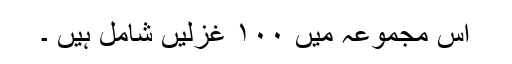
اس مجموعہ میں ۱۰۰ غزلیں شامل ہیں ۔